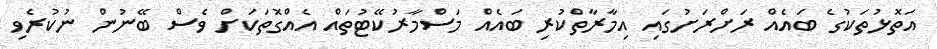
އަތޮޅުތަކުގެ ބައެއް ރަށްރަށުގައި އިމާރާތްކުރި ބައެއް މަސްމާރުކޭޓުތައް އެއްގޮތަކަށް ވެސް ބޭނުން ނުކުރެވި